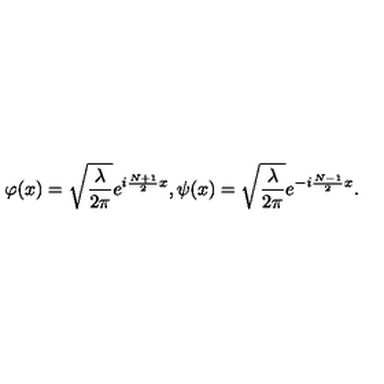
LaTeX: \varphi ( x ) = \sqrt { \frac { \lambda } { 2 \pi } } e ^ { i \frac { N + 1 } { 2 } x } , \psi ( x ) = \sqrt { \frac { \lambda } { 2 \pi } } e ^ { - i \frac { N - 1 } { 2 } x } .